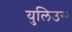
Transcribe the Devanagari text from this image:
युलिउस